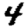
Digit: 4